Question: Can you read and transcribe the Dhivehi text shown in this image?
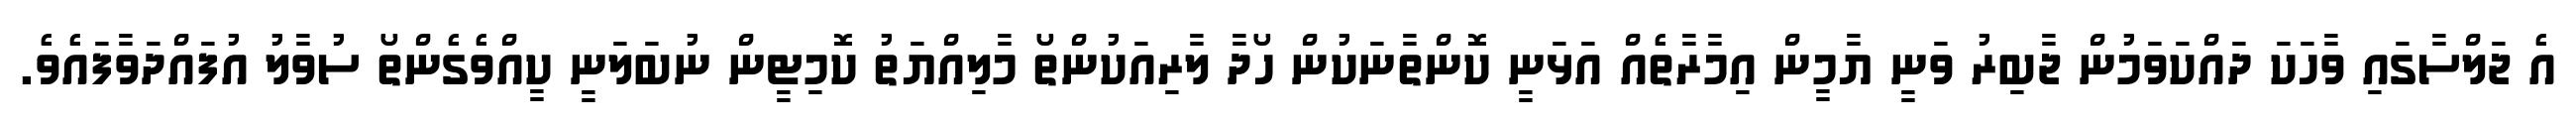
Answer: އެ ޖަލްސާގައި ވާހަކަ ދައްކަވަމުން ޖާބިރު ވަނީ ޔާމީން އިމާރާތެއް އަޅަނީ ކޮންތާނަކުން ހޯދާ ލާރިއަކުންތޯ މާލިއްޔަތު ކޮމިޓީން ނުބަލަނީ ކީއްވެގެންތޯ ސުވާލު އުފައްދަވާފައެވެ.